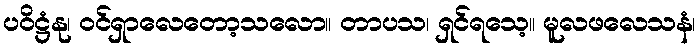
ပဝိဋ္ဌံနု၊ ဝင်ရှာလေတော့သလော။ တာပသ၊ ရှင်ရသေ့။ မူလဖလေသနံ၊